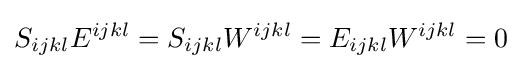
S_{ijkl}E^{ijkl}=S_{ijkl}W^{ijkl}=E_{ijkl}W^{ijkl}=0